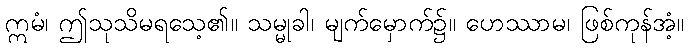
ဣမံ၊ ဤသုသိမရသေ့၏။ သမ္မုခါ၊ မျက်မှောက်၌။ ဟေဿာမ၊ ဖြစ်ကုန်အံ့။